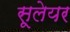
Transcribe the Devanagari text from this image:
सूलेयर